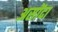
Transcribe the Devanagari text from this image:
असोंदा